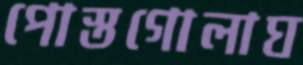
পোস্তগোলাঘ